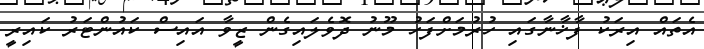
އެތައް އިރަކު ފާޚާނާގައި ހުރުމަށްފަހު މޫނު ދޮވެލައިގެން ޒީވާ އައިސް ކައުންޓަރު ކައިރީ